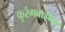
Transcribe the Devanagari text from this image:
कुरंगवाडीतून